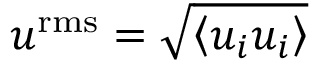
{ { u } ^ { \mathrm { { r m s } } } } = \sqrt { \left\langle { { u } _ { i } } { { u } _ { i } } \right\rangle }